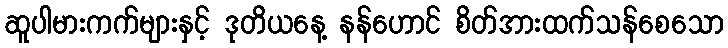
ဆူပါမားကက်များနှင့် ဒုတိယနေ့ နန်ဟောင် စိတ်အားထက်သန်စေသော